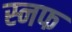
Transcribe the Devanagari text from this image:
स्नफ